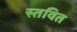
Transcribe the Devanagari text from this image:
स्तवित